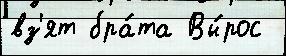
вз'ят бра́та Вы́рос